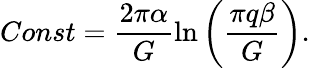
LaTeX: Const=\frac{2\pi\alpha}{G}\ln\left(\frac{\pi q\beta}{G}\right).